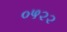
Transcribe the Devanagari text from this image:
०५२२